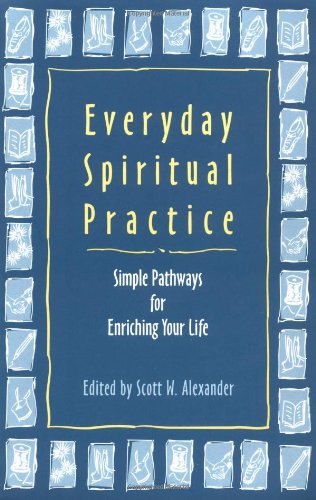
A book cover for Everyday Spiritual Practice: Simple Pathways for Enriching Your Life; Scott W. Alexander; Religion & Spirituality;